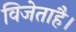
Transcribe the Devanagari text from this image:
विजेताहै।